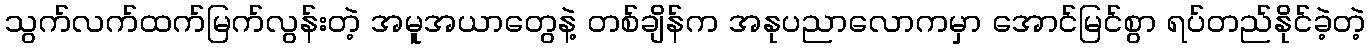
သွက်လက်ထက်မြက်လွန်းတဲ့ အမူအယာတွေနဲ့ တစ်ချိန်က အနုပညာလောကမှာ အောင်မြင်စွာ ရပ်တည်နိုင်ခဲ့တဲ့